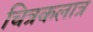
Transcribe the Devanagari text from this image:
चित्रकलात्र